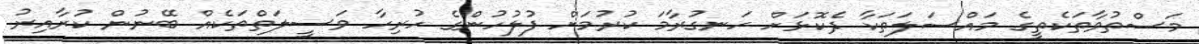
މަސްތުވާތަކެތީގެ މައްސަލަތަކާ ދެކޮޅަށް ހަނގުރާމަ ކުރުމަށް ފުލުހުންގެ ހުރިހާ ވަސީލަތްތަކެއް ބޭނުން ކުރާއިރު